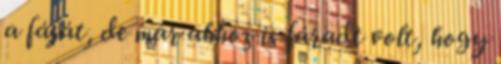
a fáját, de már ahhoz is fáradt volt, hogy